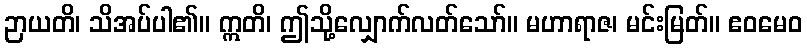
ဉာယတိ၊ သိအပ်ပါ၏။ ဣတိ၊ ဤသို့လျှောက်လတ်သော်။ မဟာရာဇ၊ မင်းမြတ်။ ဧဝမေဝ